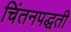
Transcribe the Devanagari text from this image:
चिंतनपद्धती